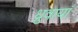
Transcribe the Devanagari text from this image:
ध्रुवायाँ